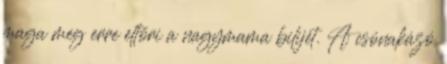
maga meg erre eltöri a nagymama bilijét. A csónakázó